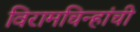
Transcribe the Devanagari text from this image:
विरामचिन्हांची